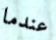
عندما